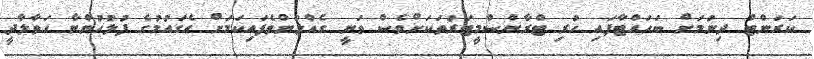
ކަރަންޓް ދިނުމަށް ބަހައްޓާފައި ހުރި ޓްރާންސްމީޓަރުތަކަށްވެސް ވަނީ ގެއްލުންވެފައިކަމަށް އެގައުމުގެ ފުލުހުންނާ ހަވާލާދީ